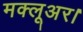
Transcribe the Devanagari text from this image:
मक्लूअर।